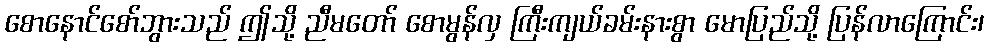
စောနောင်စော်ဘွားသည် ဤသို့ ညီမတော် စောမွန်လှ ကြီးကျယ်ခမ်းနားစွာ မောပြည်သို့ ပြန်လာကြောင်း၊